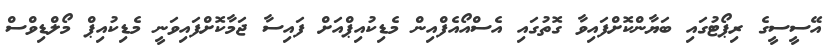
އޭސީސީގެ ރިޕޯޓުގައި ބަޔާންކޮށްފައިވާ ގޮތުގައި އެސްއޯއެފްއިން މެޑިކުއިޕްއަށް ފައިސާ ޖަމާކޮށްފައިވަނީ މެޑިކުއިޕް މޯލްޑިވްސް